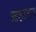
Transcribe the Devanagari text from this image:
उडहाउस